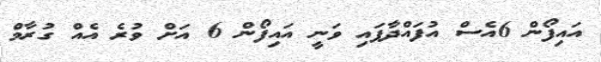
އައިފޯން 6އެސް އުފައްދާފައި ވަނީ އައިފޯން 6 އަށް ވުރެ އެއް ގުރާމް